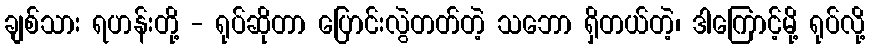
ချစ်သား ရဟန်းတို့ - ရုပ်ဆိုတာ ပြောင်းလွဲတတ်တဲ့ သဘော ရှိတယ်တဲ့၊ ဒါကြောင့်မို့ ရုပ်လို့